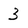
Character: 3